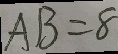
A B = 8